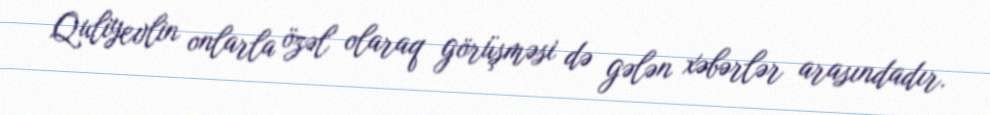
Quliyevlin onlarla özəl olaraq görüşməsi də gələn xəbərlər arasındadır.